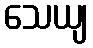
သေယျ